Civil Veterinary Department Bengal reports 1923-33 - 1923-1933
Year: 1923
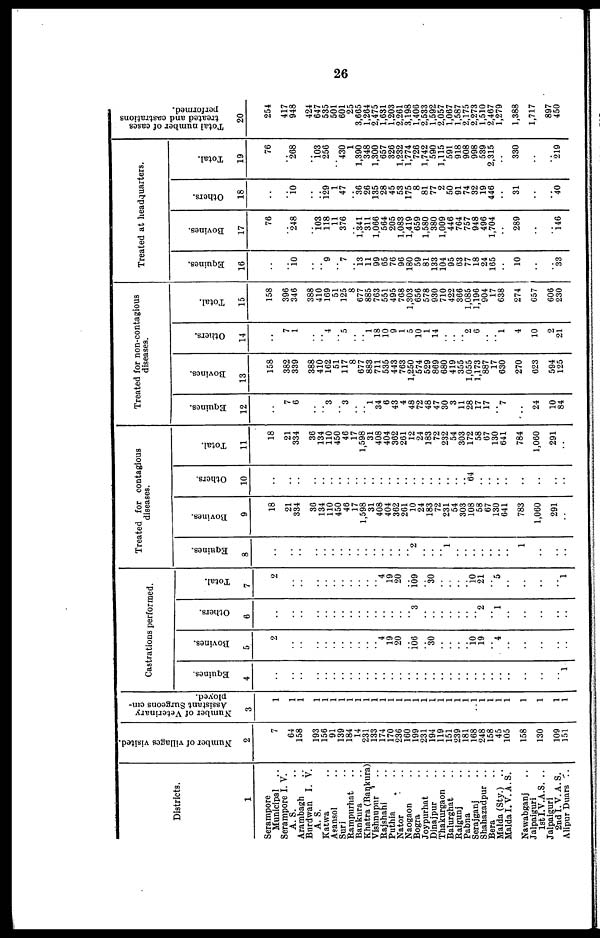
26
Districts
1
Serampore
Municipal
Serampore I. V.
A. S.
Arambagh ..
Burdwan I. V.
A. S.
Katwa ..
Asansol ..
Suri ..
Rampurhat ..
Bankura ..
Khatra (Bankura)
Vishnupur ..
Rajshahi ..
Puthia ..
Nator ..
Naogaon ..
Bogra
..
Joypurhat ..
Dinajpur
..
Thakurgaon ..
Balurghat ..
Raigunj ..
Pabna ..
Serajganj
..
Shahazadpur ..
Malda (Sty.) ..
Malda I.V.A.S.
Nawabganj ..
Jalpaiguri
1st I.V.A.S. ..
Jalpaiguri
2nd I.V.A.S.
Alipur Duars ..
Number of villages visited.
2
7
64
158
193
150
91
139
184
14
231
133
174
170
236
160
100
231
104
119
151
239
181
108
248
158
45
105
158
130
100
151
Number of Veterinary
Assistant Surgeons em-
ployed.
3
1
1
1
1
1
1
1
1
1
1
1 1
1
1
1
1
1
1
1
1
1 1
1
1
1
1
1
1
1
1
Castrations performed.
Equines.
4
..
..
..
..
..
..
..
..
..
..
..
..
..
..
..
..
..
..
.. ..
..
..
.. ..
..
..
..
..
1
Bovines.
5
2
..
..
..
..
..
..
..
..
..
..
i
10
20
..
106
..
30
..
..
.. ..
10
19
..
4
..
..
..
..
..
Others.
6
..
..
..
..
..
..
..
..
..
..
..
..
..
3
..
..
..
..
.. ..
..
"
2
1
..
..
..
..
..
Total.
7
2
..
..
..
..
..
..
..
..
..
..
4
10
20
..
109
..
30
..
..
.. ..
10
21
..
5
..
..
..
..
1
Treated for contagious
diseases.
Equities.
8
..
..
..
..
..
..
..
..
..
..
..
..
..
.. ..
2
..
..
..
1
..
..
..
..
..
..
1
..
..
..
Bovines.
9
18
21
334
30
134
110
450
46
17
1,598
31
408
404
302
201
10
24
183
72
231
54
303
108
58
07
130
641
783
1,000
291
..
Others.
10
..
..
..
..
..
..
..
..
..
..
..
..
..
..
..
..
..
..
..
..
64
..
..
..
..
..
..
..
..
Total.
11
18
21
334
30
134
110
450
46
17
1,598
31
408
404
302
261
12
24
183
72
232
54
303
172
58
67
130
641
784
1,060
291
Treated for non-contagious
diseases.
Equines.
12
..
7
6
..
.. 3
3
..
..
1 34
0
43
4
48
72
48
47
30
3
11
28
17
17
"7
24
10
84
Bovines.
13
158
382
339
388
410
162
51
117
8
677
883
711
535
443
763
1,250
574
529
869
680
419
355
1,055
1,173
887
17
630
270
623
594
125
Others.
14
..
7
1
..
.. 4
..
5
..
..
1 18
10
9
1
5
10
1
14
..
..
..
2
6
..
..
1 4
10
2
2!
Total.
15
158
300
340
388
410
169
51
125
8
677
885
703
551
495
768
1,303
656
578
930
710
422
306
1,085
1,196
904
17
638
274
057
606
230
Treated at headquarters.
Equines.
16
..
..
10
..
..
9
..
7
..
13
11
99
05
70
96
180
59
81
133
104
95
03
77
18
24
105
10
33
Bovines.
17
76
..
248
..
i03
118
11
376
..
1,341
311
1,066
504
205
1,083
1,419
659
1,580 380
1,009
446
764
757
948
496
1,704
289
146
Others.
18
..
..
10
..
129
1
47
...
30
26
135
28
45
53
175
8
81
77
2
50
91
74
32
19
446
31
40
Total.
19
76
..
268
..
io3
256
430
1
1,390
348
1,300
657
326
1,232
1,774
726
1,742
590
1,115
501
918
908
998
539
2,315
330
219
Total number of cases
treated and castrations
performed.
20
254
417
048
424
647
535
501
601
25
3,605
1,204
2,475
1,631
1,203
2,261
3,198
1,400
2,533
1,502
2,057
1,007
1,587
2,175
2,273
1,510
2,407
1.270
1,388
1,717
897
450